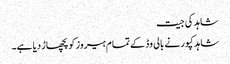
شاہد کی جیت
شاہد کپور نے بالی وڈ کے تمام ہیروز کو پچھاڑ دیا ہے۔